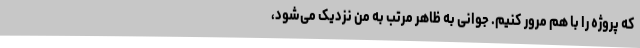
که پروژه را با هم مرور کنیم. جوانی به ظاهر مرتب به من نزدیک می‌شود،